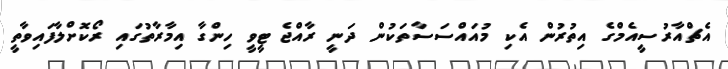
އެޗްއާރުސީއެމްގެ އިތުރުން އެކި މުއައްސަސާތަކުން ދަނީ ރާއްޖެ ޓީވީ ހިންގާ އިމާރާތުގައި ރޯކޮށްލާފައިވާތީ